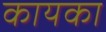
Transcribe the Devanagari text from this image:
कायका